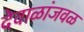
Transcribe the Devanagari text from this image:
देवाळांजवळ